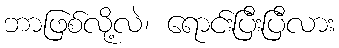
ဘာဖြစ်လို့လဲ၊ ရောင်းပြီးပြီလား